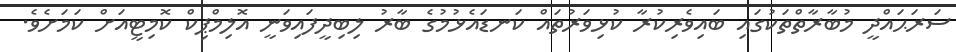
ސަރަޙައްދީ މުބާރާތްތަކުގައި ބައިވެރިކުރާ ކުޅިވަރުތައް ކަނޑައެޅުމުގެ ބާރު ލިބިދީފައިވަނީ އޮލިމްޕިކް ކޮމިޓީއަށް ކަމަށެވެ.